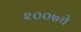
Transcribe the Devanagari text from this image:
२००७चे